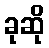
ခုဆို